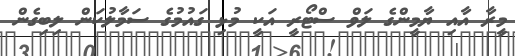
މީރާ އާއި ޔާމީންގެ ލަވް ސްޓޯރީ އަކީ މުޅި ގައުމުގެ ސަމާލުކަން ލިބިގެން